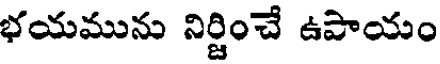
భయమును నిర్జించే ఉపాయం